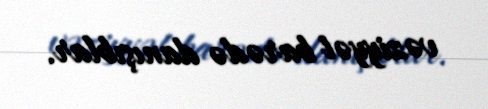
vəziyyət barədə danışıblar.